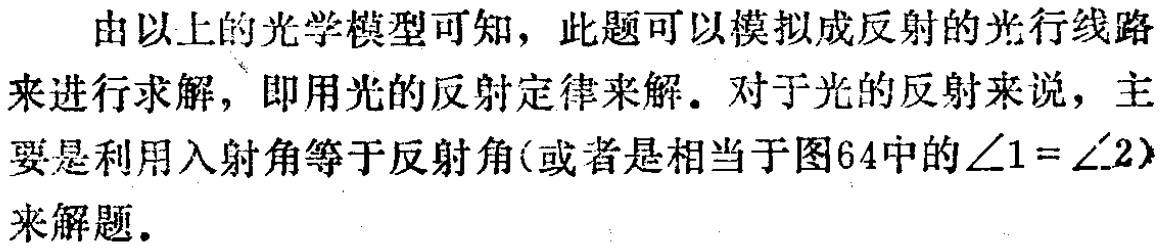
由以上的光学模型可知，此题可以模拟成反射的光行线路来进行求解，即用光的反射定律来解。对于光的反射来说，主要是利用入射角等于反射角(或者是相当于图64中的$\angle 1 = \angle 2$)来解题。